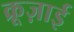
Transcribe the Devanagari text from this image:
क्रूज़ाई